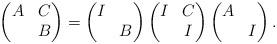
LaTeX: \begin{align*}\begin{pmatrix} A&C\\&B\end{pmatrix}=\begin{pmatrix} I&\\&B\end{pmatrix}\begin{pmatrix} I&C\\&I\end{pmatrix}\begin{pmatrix} A\\&I\end{pmatrix}.\end{align*}